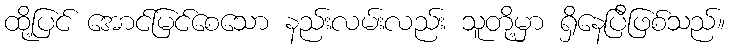
ထို့ပြင် အောင်မြင်စေသော နည်းလမ်းလည်း သူတို့မှာ ရှိနေပြီဖြစ်သည်။